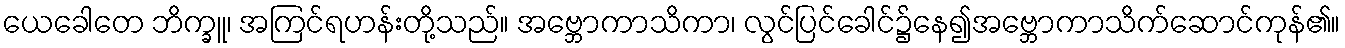
ယေခေါတေ ဘိက္ခူ၊ အကြင်ရဟန်းတို့သည်။ အဗ္ဘောကာသိကာ၊ လွင်ပြင်ခေါင်၌နေ၍အဗ္ဘောကာသိက်ဆောင်ကုန်၏။